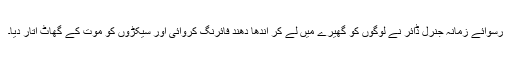
رُسوائے زمانہ جنرل ڈائر نے لوگوں کو گھیرے میں لے کر اندھا دھند فائرنگ کروائی اور سیکڑوں کو موت کے گھاٹ اتار دیا۔